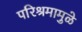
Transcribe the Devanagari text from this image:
परिश्रमामुळे